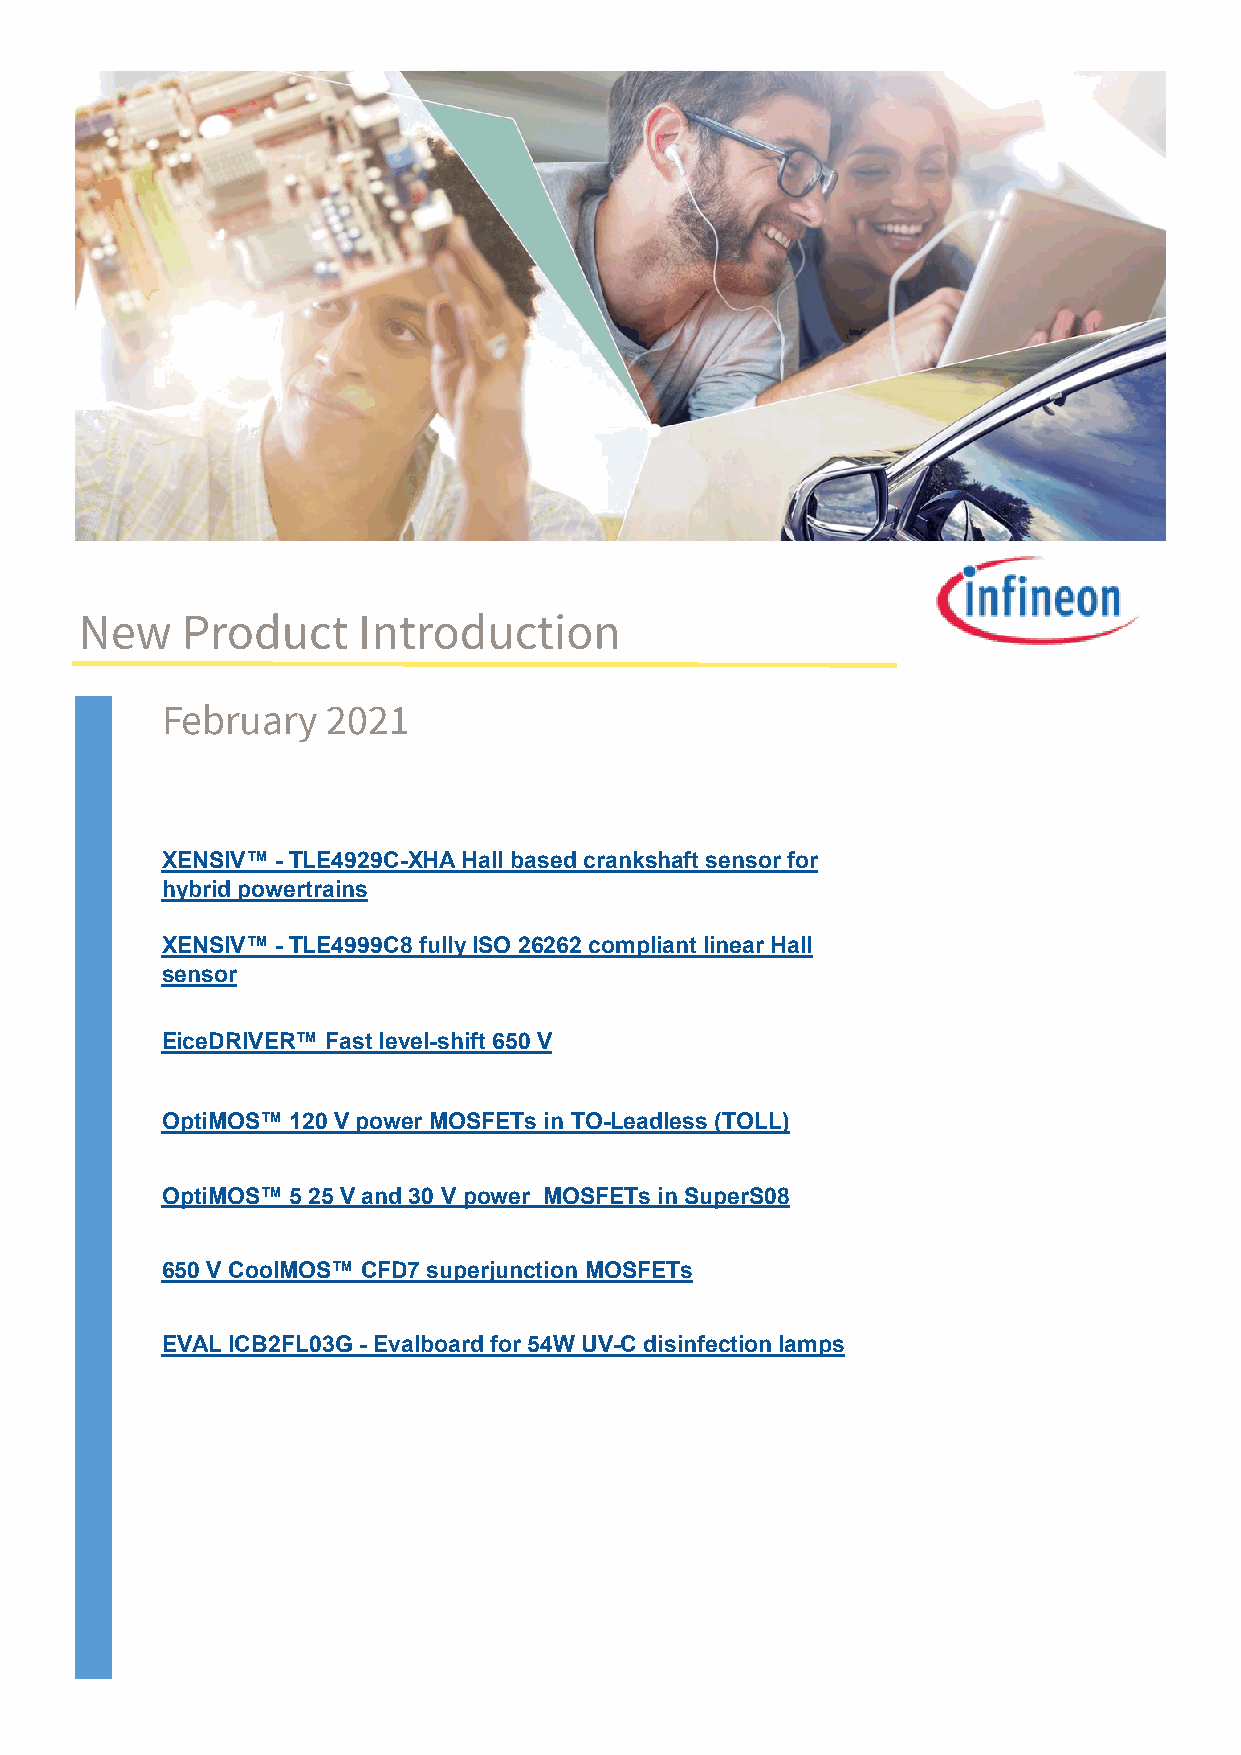
New    Product     Introduction
 February   2021
 XENSIV™ - TLE4929C-XHA Hall based crankshaft sensor for
 hybrid powertrains
 XENSIV™ - TLE4999C8 fully ISO 26262 compliant linear Hall
 sensor
 EiceDRIVER™ Fast level-shift 650 V
 OptiMOS™ 120 V power MOSFETs in TO-Leadless (TOLL)
 OptiMOS™ 5 25 V and 30 V power MOSFETs in SuperS08
 650 V CoolMOS™ CFD7 superjunction MOSFETs
 EVAL ICB2FL03G - Evalboard for 54W UV-C disinfection lamps